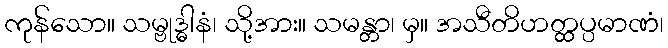
ကုန်သော။ သမ္ဗုဒ္ဓါနံ၊ သို့အား။ သမန္တာ၊ မှ။ အသီတိဟတ္ထပ္ပမာဏံ၊